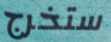
ستخرج